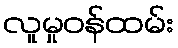
လူမှုဝန်ထမ်း